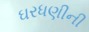
ઘરધણીની